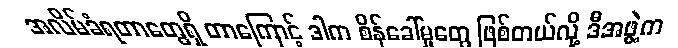
အလိမ်ခံရတာတွေရှိ တာကြောင့် ဒါက စိန်ခေါ်မှုတွေ ဖြစ်တယ်လို့ ဒီအဖွဲ့က